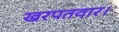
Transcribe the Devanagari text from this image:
खरपतवार।